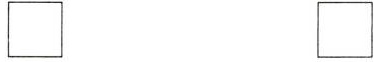
\Box \Box